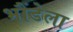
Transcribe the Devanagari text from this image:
भौंडेला